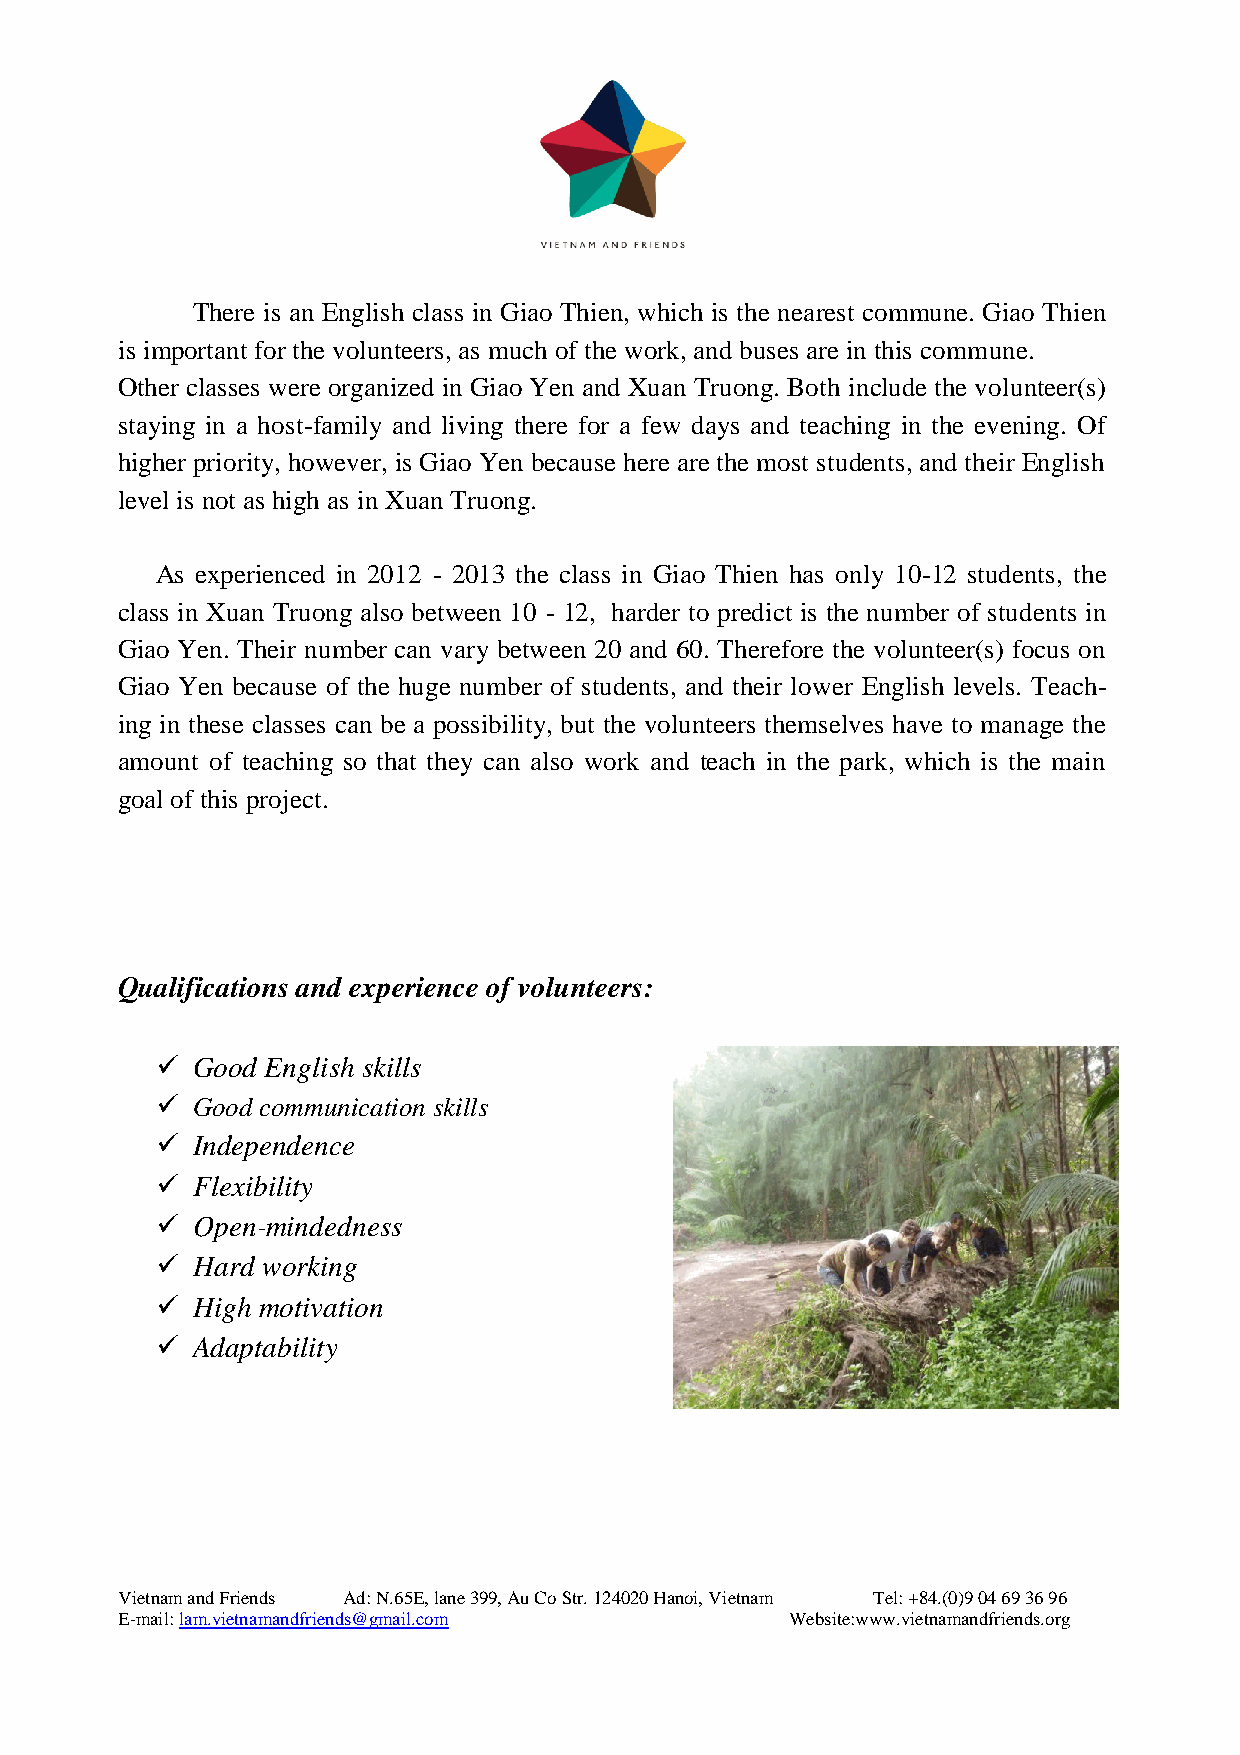
There is an English class in Giao Thien, which is the nearest commune. Giao Thien
 is important for the volunteers, as much of the work, and buses are in this commune.
 Other classes were organized in Giao Yen and Xuan Truong. Both include the volunteer(s)
 staying in a host-family and living there for a few days and teaching in the evening. Of
 higher priority, however, is Giao Yen because here are the most students, and their English
 level is not as high as in Xuan Truong.
 As experienced in 2012 - 2013 the class in Giao Thien has only 10-12 students, the
 class in Xuan Truong also between 10 - 12, harder to predict is the number of students in
 Giao Yen. Their number can vary between 20 and 60. Therefore the volunteer(s) focus on
 Giao Yen because of the huge number of students, and their lower English levels. Teach-
 ing in these classes can be a possibility, but the volunteers themselves have to manage the
 amount of teaching so that they can also work and teach in the park, which is the main
 goal of this project.
 Qualifications and experience of volunteers:
   Good English skills
   Good communication skills
   Independence
   Flexibility
   Open-mindedness
   Hard working
   High motivation
   Adaptability
 Vietnam and Friends Ad: N.65E, lane 399, Au Co Str. 124020 Hanoi, Vietnam Tel: +84.(0)9 04 69 36 96
 E-mail: lam.vietnamandfriends@gmail.com     Website:www.vietnamandfriends.org